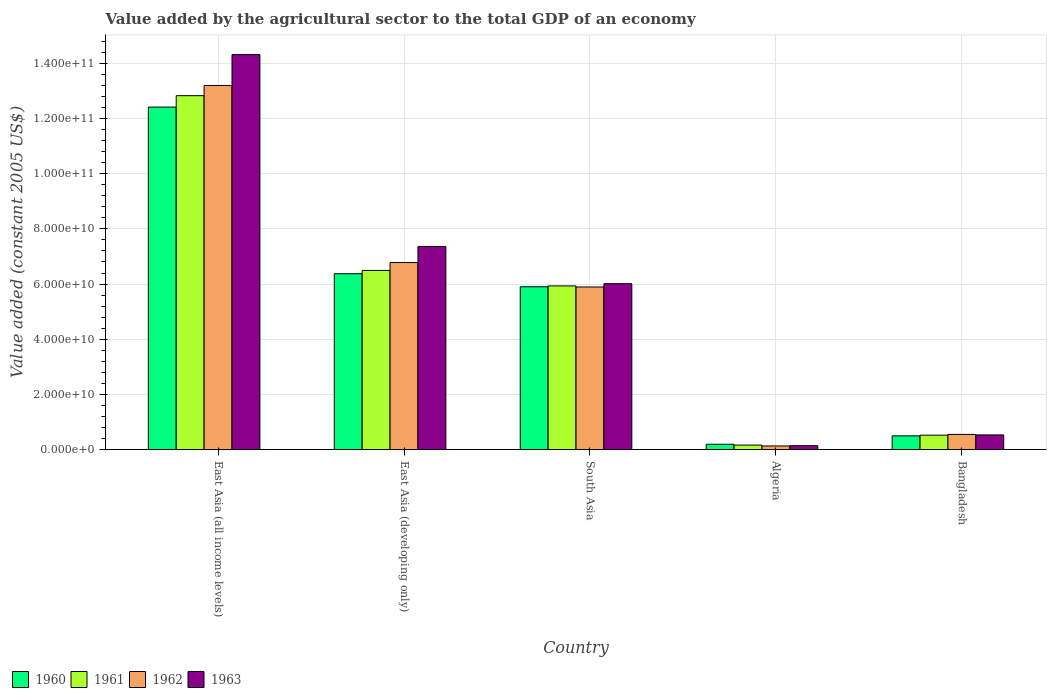
| Country | 1960 | 1961 | 1962 | 1963 |
 | --- | --- | --- | --- | --- |
 | East Asia (all income levels) | 1.24e+11 | 1.28e+11 | 1.32e+11 | 1.43e+11 |
 | East Asia (developing only) | 6.37e+10 | 6.49e+10 | 6.78e+10 | 7.36e+10 |
 | South Asia | 5.9e+10 | 5.93e+10 | 5.89e+10 | 6.01e+10 |
 | Algeria | 1.92e+09 | 1.61e+09 | 1.29e+09 | 1.39e+09 |
 | Bangladesh | 4.95e+09 | 5.21e+09 | 5.48e+09 | 5.3e+09 |